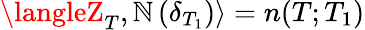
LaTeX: \langleZ_{T},\mathbb{N}\, (\delta_{T_{1}})\rangle=n(T;T_{1})